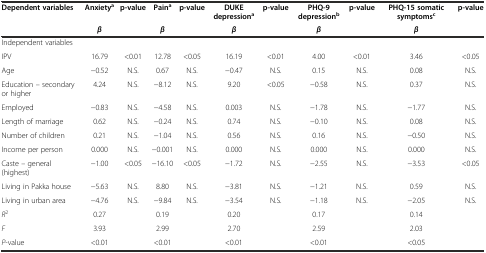
| <ROWSPAN=2> Dependent variables | Anxietya | p-value | Paina | p-value | DUKE depressiona | p-value | PHQ-9 depressionb | p-value | PHQ-15 somatic symptomsc | <ROWSPAN=2> p-value |
 | β |  | β |  | β |  | β |  | β |
 | --- | --- | --- | --- | --- | --- | --- | --- | --- | --- | --- |
 | Independent variables |  |  |  |  |  |  |  |  |  |  |
 | IPV | 16.79 | <0.01 | 12.78 | <0.05 | 16.19 | <0.01 | 4.00 | <0.01 | 3.46 | <0.05 |
 | Age | -0.52 | N.S. | 0.67 | N.S. | -0.47 | N.S. | 0.15 | N.S. | 0.08 | N.S. |
 | Education – secondary or higher | 4.24 | N.S. | -8.12 | N.S. | 9.20 | <0.05 | -0.58 | N.S. | 0.37 | N.S. |
 | Employed | -0.83 | N.S. | -4.58 | N.S. | 0.003 | N.S. | -1.78 | N.S. | -1.77 | N.S. |
 | Length of marriage | 0.62 | N.S. | -0.24 | N.S. | 0.74 | N.S. | -0.10 | N.S. | 0.08 | N.S. |
 | Number of children | 0.21 | N.S. | -1.04 | N.S. | 0.56 | N.S. | 0.16 | N.S. | -0.50 | N.S. |
 | Income per person | 0.000 | N.S. | -0.001 | N.S. | 0.000 | N.S. | 0.000 | N.S. | 0.000 | N.S. |
 | Caste – general (highest) | -1.00 | <0.05 | -16.10 | <0.05 | -1.72 | N.S. | -2.55 | N.S. | -3.53 | <0.05 |
 | Living in Pakka house | -5.63 | N.S. | 8.80 | N.S. | -3.81 | N.S. | -1.21 | N.S. | 0.59 | N.S. |
 | Living in urban area | -4.76 | N.S. | -9.84 | N.S. | -3.54 | N.S. | -1.18 | N.S. | -2.05 | N.S. |
 | R2 | 0.27 |  | 0.19 |  | 0.20 |  | 0.17 |  | 0.14 |  |
 | F | 3.93 |  | 2.99 |  | 2.70 |  | 2.59 |  | 2.03 |  |
 | P-value | <0.01 |  | <0.01 |  | <0.01 |  | <0.01 |  | <0.05 |  |